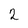
Character: 2